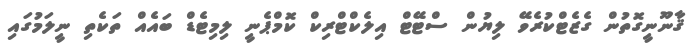
ޤާނޫނީގޮތުން ގެޒެޓްކުރެވޭ ލިޔުން ސްޓޭޓް އިލެކްޓްރިކް ކޮމްޕެނީ ލިމިޓެޑް ބައެއް ތަކެތި ނީލަމުގައި